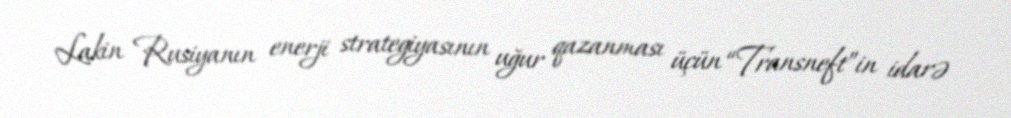
Lakin Rusiyanın enerji strategiyasının uğur qazanması üçün “Transneft”in idarə